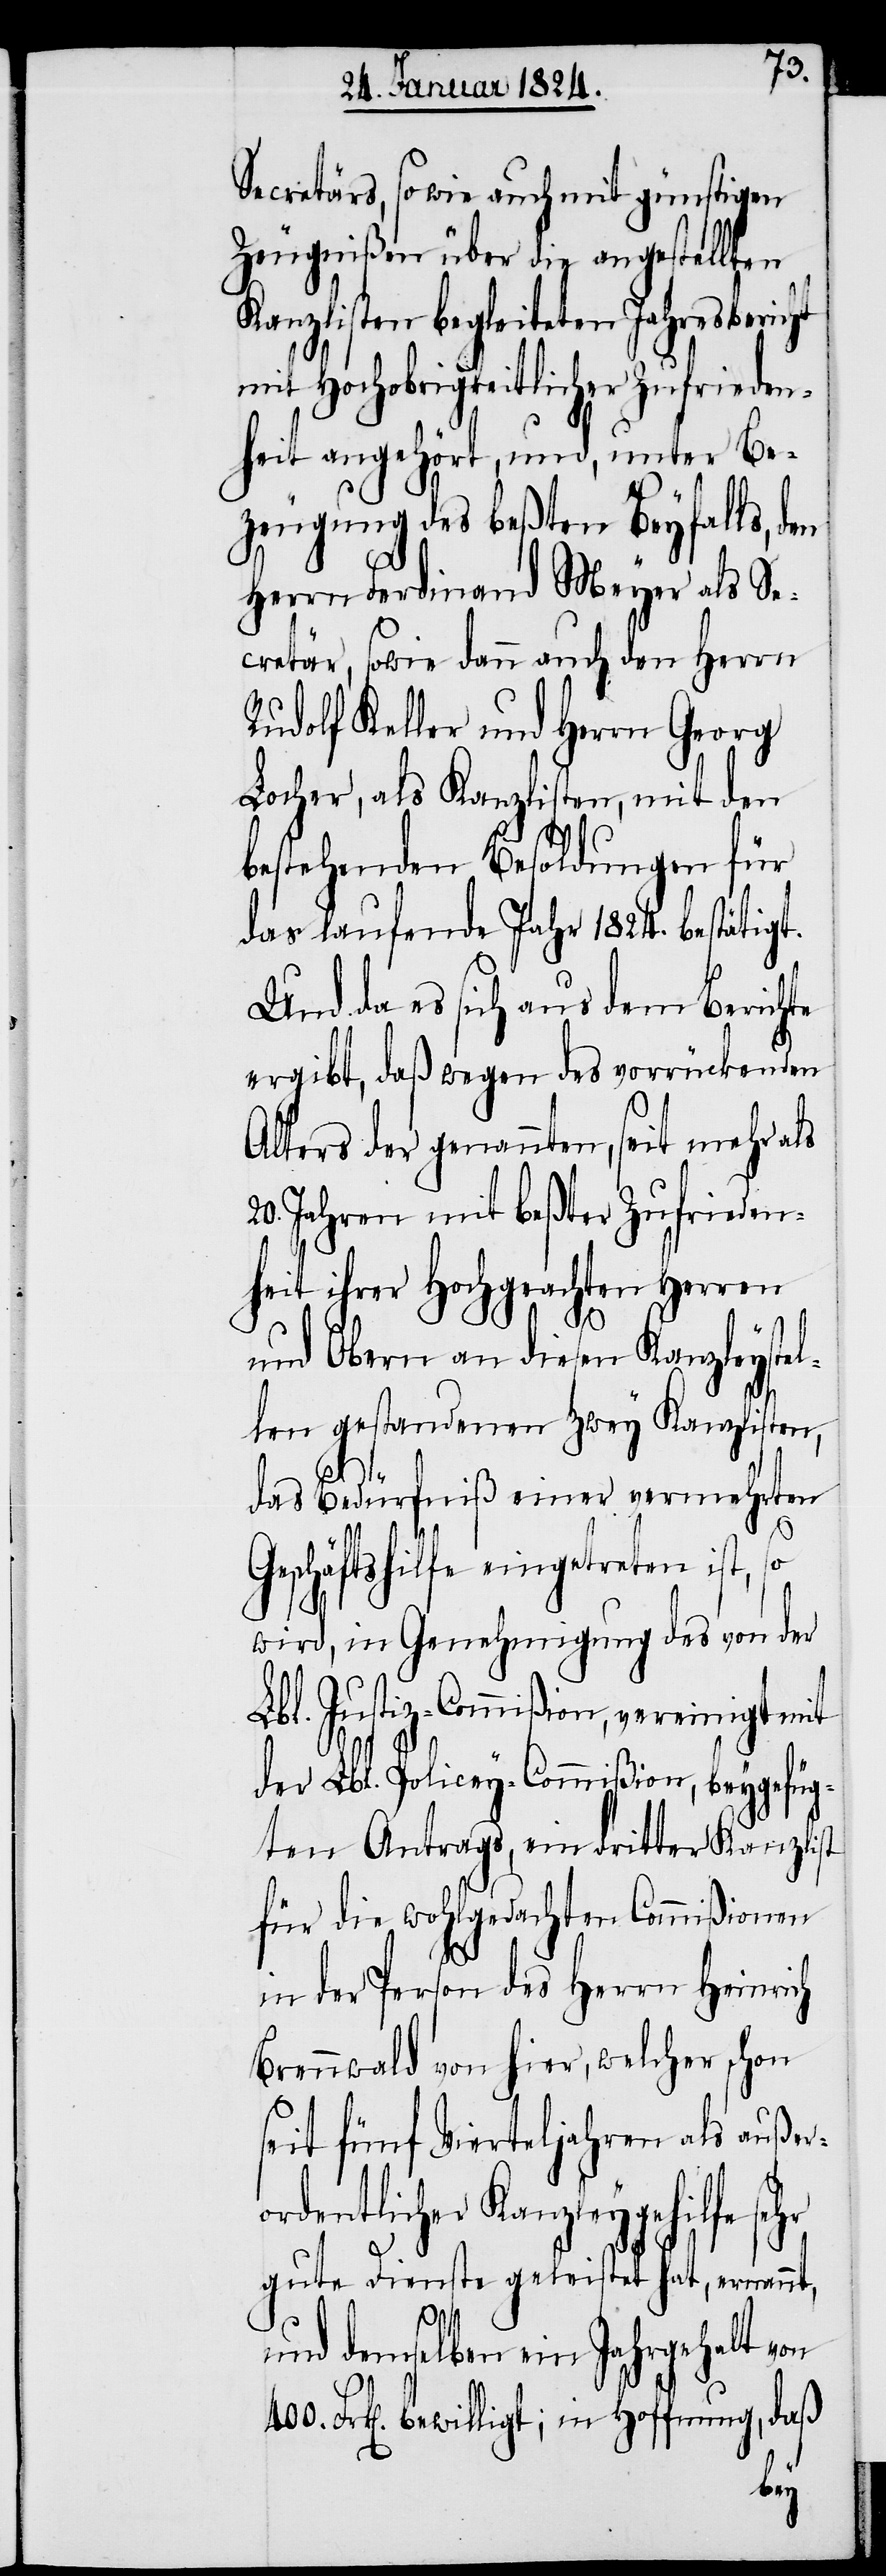
Secretärs, so wie auch mit günstigen
Zeugnißen über die angestellten
Kanzlisten begleiteten Jahresberi¬
mit Hochobrigkeitlicher Zufrieden¬
heit angehört, und, unter Be¬
zeugung des beßten Beyfalls, d¬
Herrn Ferdinand Meyer als Se¬
cretär, sowie dann auch den Herrn
Rudolf Keller und Herrn Georg
Locher, als Kanzlisten, mit den
bestehenden Besoldungen für
das laufende Jahr 1824. bestätigt.
Und da es sich aus dem Berichte
ergibt, daß wegen des vorrückenden
Alters der genannten, seit mehr als
20. Jahren mit beßter Zufrieden¬
heit ihrer Hochgeachten Herren
und Obern an diesen Kanzleyste¬
llen gestandenen zwey Kanzlisten,
hr
das Bedürfniß einer vermehrten
schäftshilfe eingetreten ist,
wird, in Genehmigung des von der
Lbl. Justiz-Commißion, vereinigt mit
der Lbl. Policey-Commißion, beygefüg¬
ten Antrags, ein dritter Kanzlist
für die wohlgedachten Commißionen
in der Person des Herrn Heinrich
Brennwald von hier, welcher schon
seit fünf Vierteljahren als außero¬
rdentlicher Kanzleygehilfe se¬
gute Dienste geleistet hat, ernannt,
und demselben ein Jahresgehalt
Frk[en]. bewilligt; in Hoffnung, daß
Ge¬